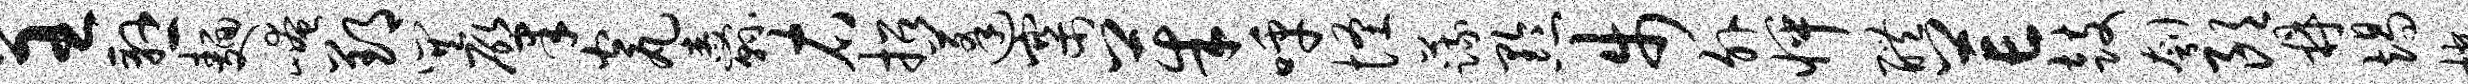
呈悬面崦郢巽肇瓮纛右招蓬寨茱呼怪蔬黔步外怦醴芒鼓刳朗鼎竭楼